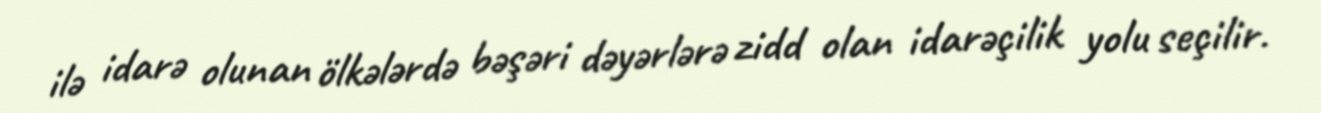
ilə idarə olunan ölkələrdə bəşəri dəyərlərə zidd olan idarəçilik yolu seçilir.